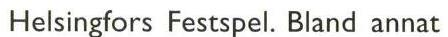
Helsingfors Festspel. Bland annat